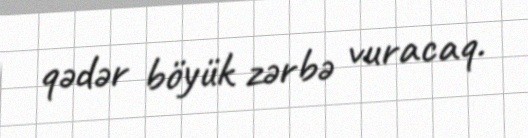
qədər böyük zərbə vuracaq.